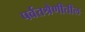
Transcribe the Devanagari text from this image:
पर्वतश्रेणीतील